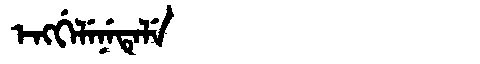
Manchu: ᡝᠩᡤᡝᠯᡝᠨᡝᡨᡝᠯᡝ
Romanization: ENGGELENETELE